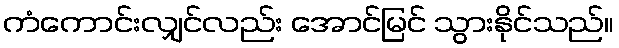
ကံကောင်းလျှင်လည်း အောင်မြင် သွားနိုင်သည်။